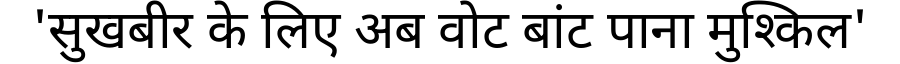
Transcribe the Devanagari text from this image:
'सुखबीर के लिए अब वोट बांट पाना मुश्किल'